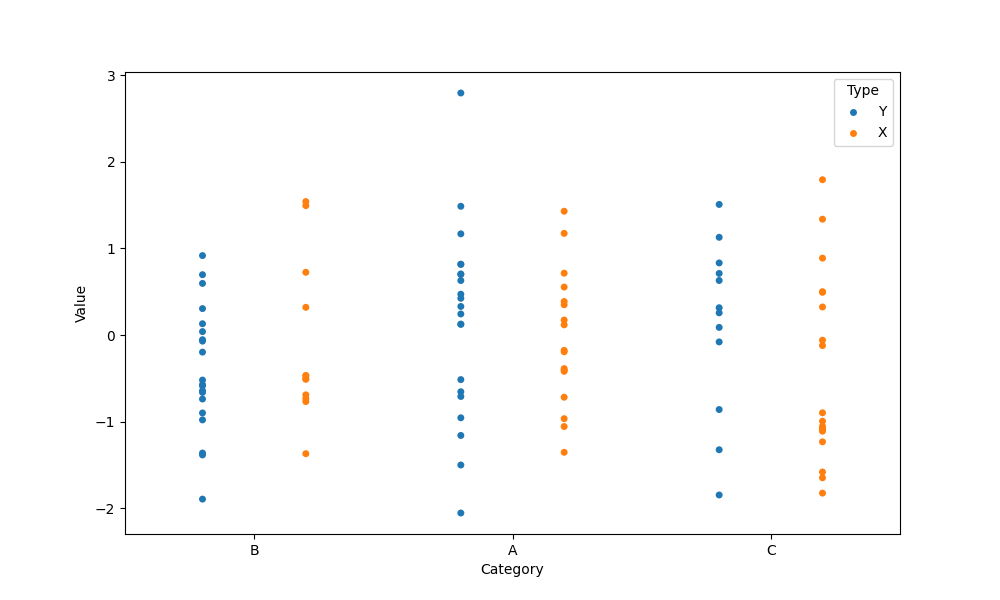
python, seaborn, stripplot, jitter=False, dodge=True, alpha=1.0, size=5